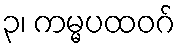
၃၊ ကမ္မပထဝဂ်